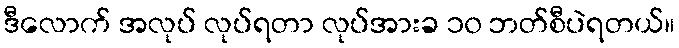
ဒီလောက် အလုပ် လုပ်ရတာ လုပ်အားခ ၁၀ ဘတ်စီပဲရတယ်။